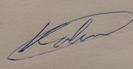
Signature authenticity: genuine